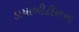
ડાયાબીટીશના